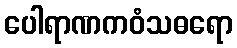
ပေါရာဏကဝံသဓရော